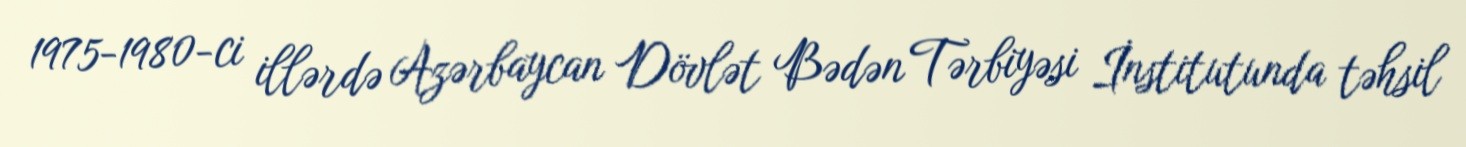
1975-1980-ci illərdə Azərbaycan Dövlət Bədən Tərbiyəsi İnstitutunda təhsil